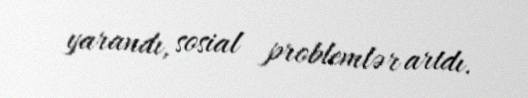
yarandı, sosial problemlər artdı.